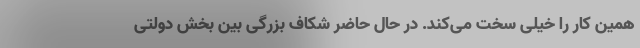
همین کار را خیلی سخت می‌کند. در حال حاضر شکاف بزرگی بین بخش دولتی